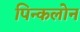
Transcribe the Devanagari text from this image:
पिन्कलोन